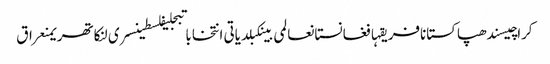
کراچیسندھپاکستانافریقہافغانستانعالمی بینکبلدیاتی انتخاباتبجلیفلسطینسری لنکاتھریمنعراق